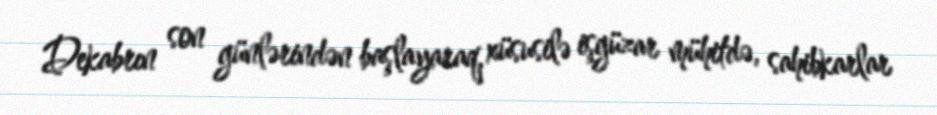
Dekabrın son günlərindən başlayaraq, xüsusilə işgüzar mühitdə, sahibkarlar